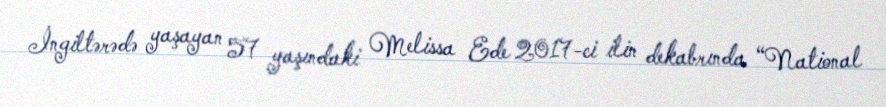
İngiltərədə yaşayan 57 yaşındaki Melissa Ede 2017-ci ilin dekabrında “National